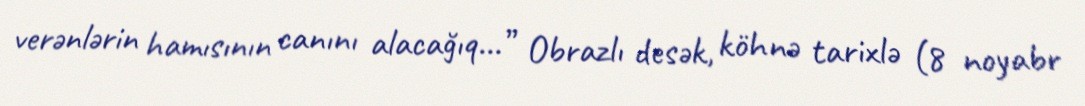
verənlərin hamısının canını alacağıq...” Obrazlı desək, köhnə tarixlə (8 noyabr